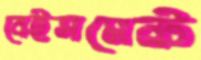
বেইসমেন্ট